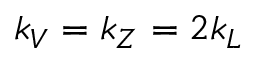
k _ { V } = k _ { Z } = 2 k _ { L }